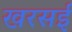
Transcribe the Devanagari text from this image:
खरसई